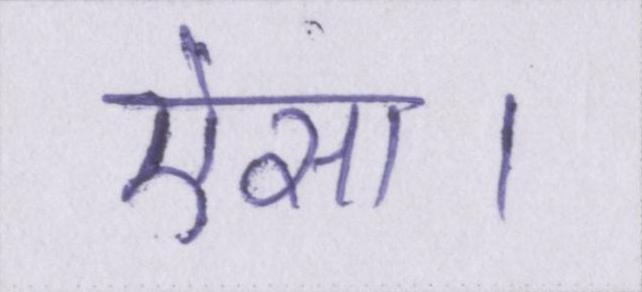
ऐसा।